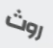
روث